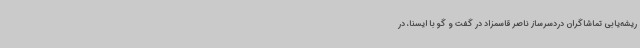
ریشه‌یابی تماشاگران دردسرساز ناصر قاسمزاد در گفت و گو با ایسنا، در